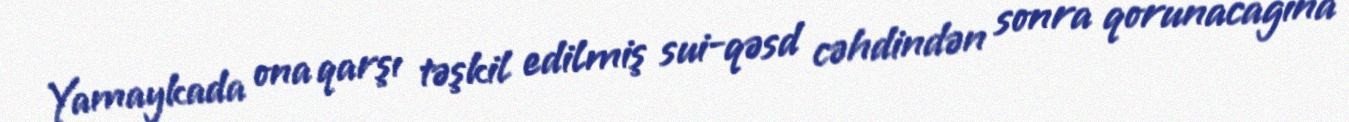
Yamaykada ona qarşı təşkil edilmiş sui-qəsd cəhdindən sonra qorunacağına